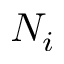
N _ { i }